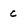
Character: C